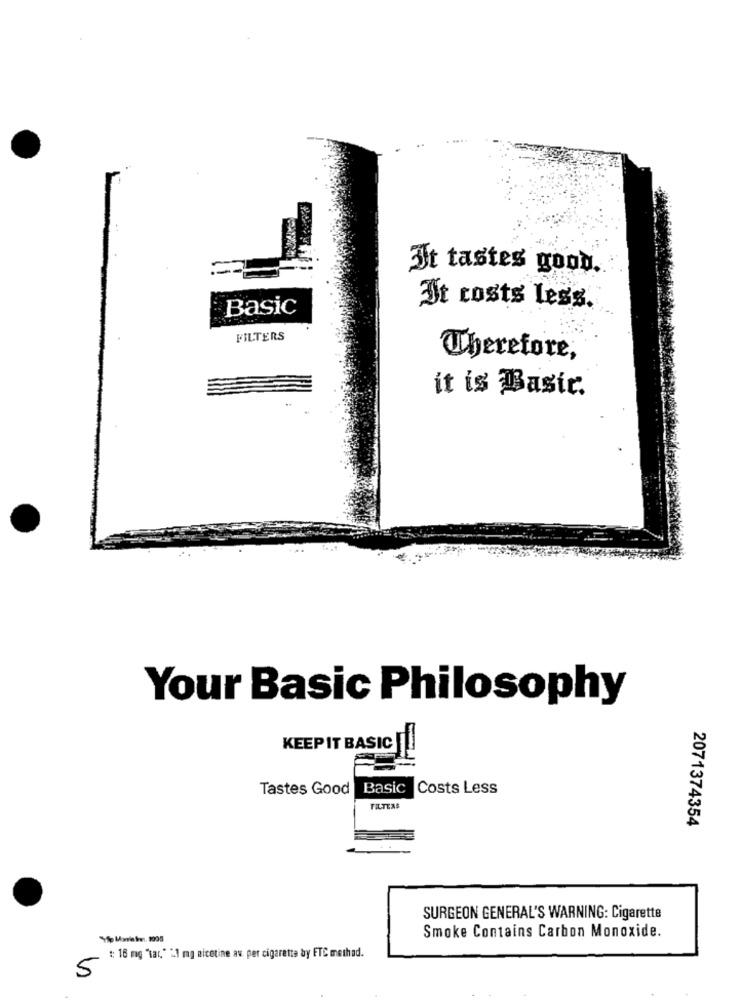
It tastes good.
Basic
It costs Less.
FILTERS
Therefore,
it is Basic.
Your Basic Philosophy
KEEP IT BASIC
Tastes Good Basic Costs Less
FILTERS
2071374354
SURGEON GENERAL'S WARNING: Cigarette
Smoke Contains Carbon Monoxide.
:: 16 mg "tar," "1 mg nicotine av. per cigarette by FTC method.
5